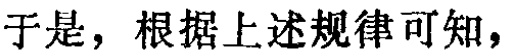
于是，根据上述规律可知，